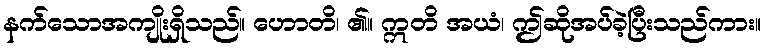
နက်သောအကျိုးရှိသည်။ ဟောတိ၊ ၏။ ဣတိ အယံ၊ ဤဆိုအပ်ခဲ့ပြီးသည်ကား။